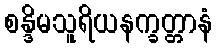
စန္ဒိမသူရိယနက္ခတ္တာနံ